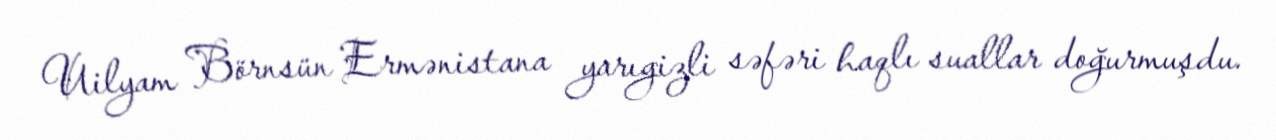
Uilyam Börnsün Ermənistana yarıgizli səfəri haqlı suallar doğurmuşdu.